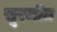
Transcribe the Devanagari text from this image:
सूरजीत